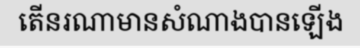
តើនរណាមានសំណាងបានឡើង